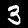
Label: 3